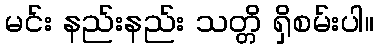
မင်း နည်းနည်း သတ္တိ ရှိစမ်းပါ။